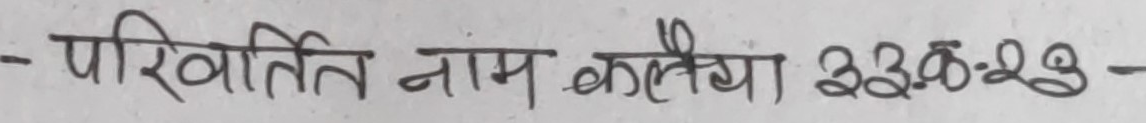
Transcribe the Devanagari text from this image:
- परिवर्तित नाम कालीया 23:29 -